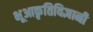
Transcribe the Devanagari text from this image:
भूआकृतिविज्ञानी